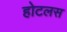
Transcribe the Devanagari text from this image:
होटलस